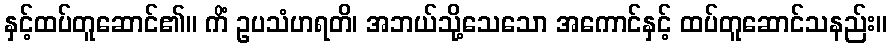
နှင့်ထပ်တူဆောင်၏။ ကိံ ဥပသံဟရတိ၊ အဘယ်သို့သေသော အကောင်နှင့် ထပ်တူဆောင်သနည်း။